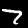
Label: 7